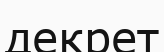
декрет